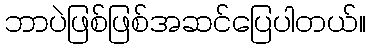
ဘာပဲဖြစ်ဖြစ်အဆင်ပြေပါတယ်။